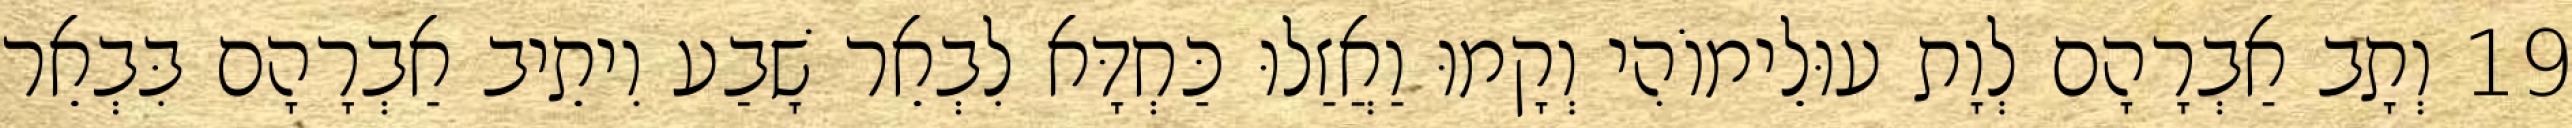
19 וְתָב אַבְרָהָם לְוָת עוּלֵימוֹהִי וְקָמוּ וַאֲזַלוּ כַּחְדָּא לִבְאֵר שָׁבַע וִיתֵיב אַבְרָהָם בִּבְאֵר